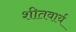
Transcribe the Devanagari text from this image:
शीतवार्य